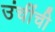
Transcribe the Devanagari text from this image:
उंचींची